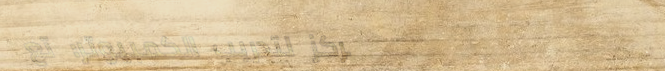
مركز لتدريب الكمبيوتر: تع